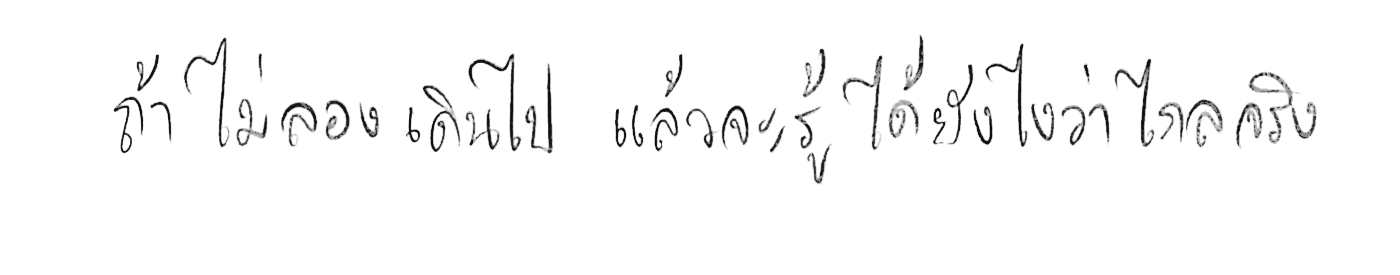
ถ้าไม่ลองเดินไป แล้วจะรู้ได้ยังไงว่าไกลจริง